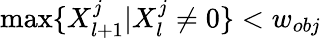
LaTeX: \operatorname*{max}\{ X_{l+1}^{j}|X_{l}^{j}\neq 0\} <w_{obj}